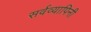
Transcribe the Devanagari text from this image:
सर्वव्यापिनी